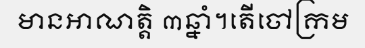
មានអាណត្តិ ៣ឆ្នាំ។តើចៅក្រម